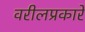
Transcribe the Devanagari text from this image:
वरीलप्रकारे